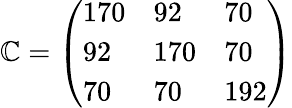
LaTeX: \mathbb{C}=\left(\begin{array}{lll}{170}&{92}&{70}\\ {92}&{170}&{70}\\ {70}&{70}&{192}\end{array}\right)